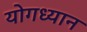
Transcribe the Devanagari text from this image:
योगध्‍यान